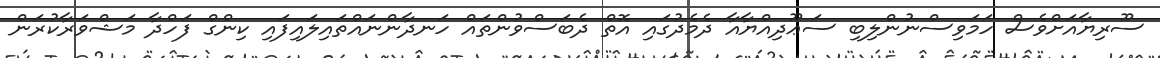
ސޫރިޔާއަށްވެސް ހަމަވިސްނުންލިބި ސަޢޫދިއްޔާއާ ދެމެދުގައި އޮތް ދެބަސްވުންތައް ހަނދާންނައްތައިލައިފައި ކިންގް ފަހްދާ މަޝްވަރާކުރަން